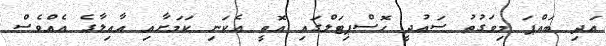
އަދި ބައްޕަ މިވަގުތު ސައުދީ ހޮސްޕިޓަލްގައި އޮތީ އެކަނި ކަމަށާއި އާއިލާގެ އެއްވެސް